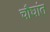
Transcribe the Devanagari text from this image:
चौघांत